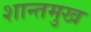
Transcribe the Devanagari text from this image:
शान्तमुख